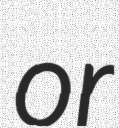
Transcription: or